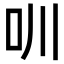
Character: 𠯀